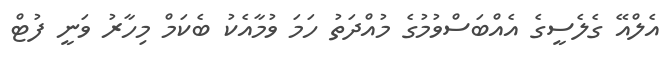
އެލްއޭ ގެލެސީގެ އެއްބަސްވުމުގެ މުއްދަތު ހަމަ ވުމާއެކު ބެކަމް މިހާރު ވަނީ ފުޓް